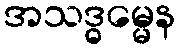
အသဒ္ဓမ္မေန